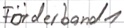
Text: Förderband1